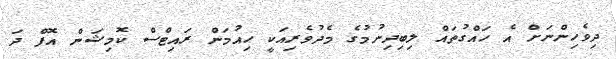
ދިވެހިންނަށް އެ ހައްގުތައް ލިބިދިނުމުގެ މެދުވެރިއަކީ ހިއުމަން ރައިޓްސް ކޮމިޝަން އޮފް ދަ